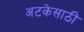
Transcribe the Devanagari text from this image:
अटकेसाठी